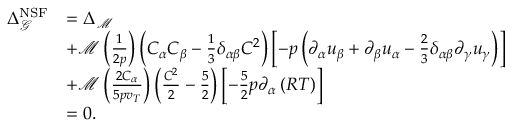
\begin{array} { r l } { \Delta _ { \mathcal { G } } ^ { \mathrm { N S F } } } & { = \Delta _ { \mathcal { M } } } \\ & { + \mathcal { M } \left( \frac { 1 } { 2 p } \right) \left( C _ { \alpha } C _ { \beta } - \frac { 1 } { 3 } \delta _ { \alpha \beta } C ^ { 2 } \right) \left[ - p \left( \partial _ { \alpha } u _ { \beta } + \partial _ { \beta } u _ { \alpha } - \frac { 2 } { 3 } \delta _ { \alpha \beta } \partial _ { \gamma } u _ { \gamma } \right) \right] } \\ & { + \mathcal { M } \left( \frac { 2 C _ { \alpha } } { 5 p v _ { T } } \right) \left( \frac { C ^ { 2 } } { 2 } - \frac { 5 } { 2 } \right) \left[ - \frac { 5 } { 2 } p \partial _ { \alpha } \left( R T \right) \right] } \\ & { = 0 . } \end{array}